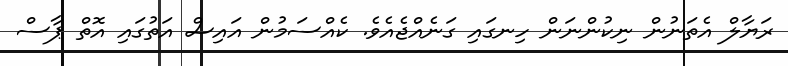
ރަޔާލް އެތަނުން ނިކުންނަން ހިނގައި ގަނެއްޖެއެވެ. ކެއްސަމުން އައިސް އަތުގައި އޮތް ޕާސް